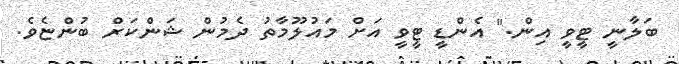
ބަލާނީ ޓީވީ އިން." އެންޑީ ޓީވީ އަށް މައުލޫމާތު ދެމުން ޝަންކަރް ބުންޏެވެ.